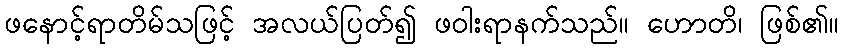
ဖနောင့်ရာတိမ်သဖြင့် အလယ်ပြတ်၍ ဖဝါးရာနက်သည်။ ဟောတိ၊ ဖြစ်၏။